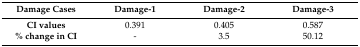
<table><thead><tr><td><b>Damage Cases</b></td><td><b>Damage-1</b></td><td><b>Damage-2</b></td><td><b>Damage-3</b></td></tr></thead><tbody><tr><td><b>CI values</b></td><td>0.391</td><td>0.405</td><td>0.587</td></tr><tr><td><b>% change in CI</b></td><td>-</td><td>3.5</td><td>50.12</td></tr></tbody></table>